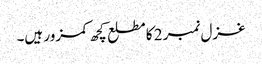
غزل نمبر 2 کا مطلع کچھ کمزور ہیں۔